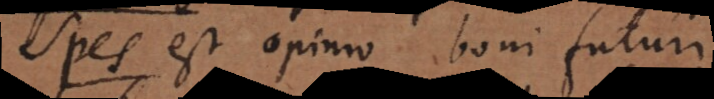
s est opinio boni futuri.